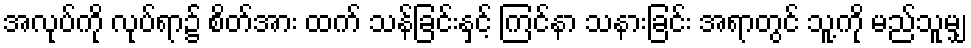
အလုပ်ကို လုပ်ရာ၌ စိတ်အား ထက် သန်ခြင်းနှင့် ကြင်နာ သနားခြင်း အရာတွင် သူ့ကို မည်သူမျှ